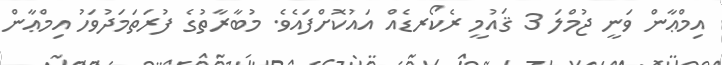
އިމްޢާން ވަނީ ޖުމްލަ 3 ޤައުމީ ރެކޯރޑެއް އައުކޮށްފައެވެ. މުބާރާތުގެ ފުރަތަމަދުވަހު އިމްޢާން